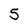
Character: 5